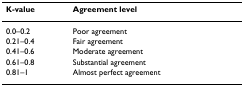
| K-value | Agreement level |
 | --- | --- |
 | 0.0–0.2 | Poor agreement |
 | 0.21–0.4 | Fair agreement |
 | 0.41–0.6 | Moderate agreement |
 | 0.61–0.8 | Substantial agreement |
 | 0.81–1 | Almost perfect agreement |